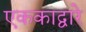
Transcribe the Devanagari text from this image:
एककाद्वारे